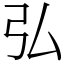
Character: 弘